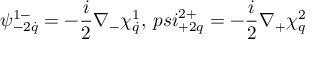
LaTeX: \psi _ { - 2 \dot { q } } ^ { 1 - } = - \frac { i } { 2 } \nabla _ { - } \chi _ { \dot { q } } ^ { 1 } , \, p s i _ { + 2 q } ^ { 2 + } = - \frac { i } { 2 } \nabla _ { + } \chi _ { q } ^ { 2 }